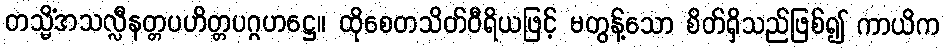
တသ္မိံအသလ္လီနတ္တပဟိတ္တပဂ္ဂဟဋ္ဌေ။ ထိုစေတသိတ်ဝီရိယဖြင့် မတွန့်သော စိတ်ရှိသည်ဖြစ်၍ ကာယိက